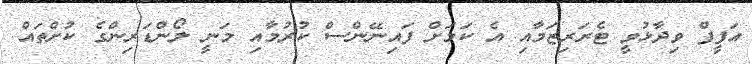
އަފީފް ވިދާޅުވީ ޓެރަރިޒަމާއި އެ ކަމަށް ފައިނޭންސް ކުރުމާއި މަނީ ލޯންޑަރިންގެ ކުށްތައް